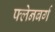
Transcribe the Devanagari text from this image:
फ्लेनबर्ग